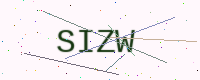
Text: SIZW